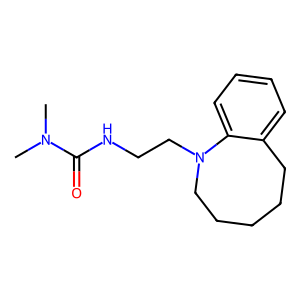
SMILES: CN(C)C(=O)NCCN1CCCCCc2ccccc21
Inhibits HIV replication: No